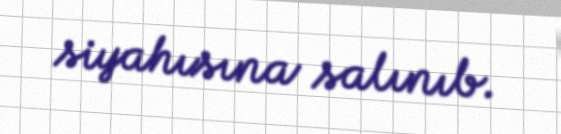
siyahısına salınıb.